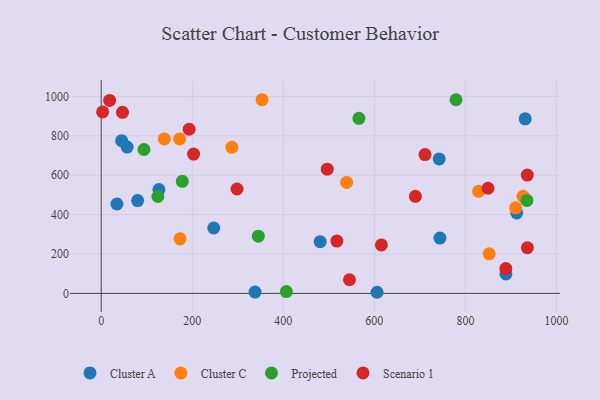
{"axis": {"x": "Speed", "y": "Demand"}, "legend": ["Cluster A", "Cluster C", "Projected", "Scenario 1"], "data": [{"x": "247.2", "y": 332.0, "type": "Cluster A"}, {"x": "56.9", "y": 743.1, "type": "Cluster A"}, {"x": "744.0", "y": 281.1, "type": "Cluster A"}, {"x": "44.9", "y": 775.7, "type": "Cluster A"}, {"x": "80.0", "y": 471.2, "type": "Cluster A"}, {"x": "605.9", "y": 5.7, "type": "Cluster A"}, {"x": "337.9", "y": 6.9, "type": "Cluster A"}, {"x": "481.0", "y": 262.5, "type": "Cluster A"}, {"x": "126.7", "y": 527.6, "type": "Cluster A"}, {"x": "34.5", "y": 454.0, "type": "Cluster A"}, {"x": "742.4", "y": 682.6, "type": "Cluster A"}, {"x": "931.3", "y": 886.2, "type": "Cluster A"}, {"x": "888.9", "y": 99.0, "type": "Cluster A"}, {"x": "912.7", "y": 408.8, "type": "Cluster A"}, {"x": "286.9", "y": 741.5, "type": "Cluster C"}, {"x": "138.6", "y": 784.3, "type": "Cluster C"}, {"x": "172.3", "y": 784.3, "type": "Cluster C"}, {"x": "910.3", "y": 434.6, "type": "Cluster C"}, {"x": "828.9", "y": 518.5, "type": "Cluster C"}, {"x": "539.1", "y": 563.4, "type": "Cluster C"}, {"x": "353.2", "y": 983.4, "type": "Cluster C"}, {"x": "852.2", "y": 200.9, "type": "Cluster C"}, {"x": "926.7", "y": 493.4, "type": "Cluster C"}, {"x": "173.2", "y": 276.9, "type": "Cluster C"}, {"x": "935.1", "y": 472.3, "type": "Projected"}, {"x": "345.1", "y": 290.4, "type": "Projected"}, {"x": "178.1", "y": 569.0, "type": "Projected"}, {"x": "779.4", "y": 983.2, "type": "Projected"}, {"x": "406.7", "y": 9.5, "type": "Projected"}, {"x": "93.9", "y": 730.7, "type": "Projected"}, {"x": "124.5", "y": 492.1, "type": "Projected"}, {"x": "566.1", "y": 888.9, "type": "Projected"}, {"x": "202.9", "y": 707.4, "type": "Scenario 1"}, {"x": "888.8", "y": 126.0, "type": "Scenario 1"}, {"x": "936.1", "y": 232.1, "type": "Scenario 1"}, {"x": "690.1", "y": 492.8, "type": "Scenario 1"}, {"x": "193.2", "y": 833.4, "type": "Scenario 1"}, {"x": "496.5", "y": 630.8, "type": "Scenario 1"}, {"x": "935.9", "y": 600.9, "type": "Scenario 1"}, {"x": "849.7", "y": 534.0, "type": "Scenario 1"}, {"x": "615.5", "y": 246.3, "type": "Scenario 1"}, {"x": "711.3", "y": 705.1, "type": "Scenario 1"}, {"x": "545.4", "y": 69.3, "type": "Scenario 1"}, {"x": "3.1", "y": 921.3, "type": "Scenario 1"}, {"x": "18.4", "y": 979.6, "type": "Scenario 1"}, {"x": "46.7", "y": 919.6, "type": "Scenario 1"}, {"x": "517.6", "y": 265.5, "type": "Scenario 1"}, {"x": "298.3", "y": 530.2, "type": "Scenario 1"}]}